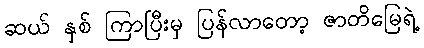
ဆယ် နှစ် ကြာပြီးမှ ပြန်လာတော့ ဇာတိမြေရဲ့